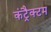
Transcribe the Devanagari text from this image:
कंट्रैक्टम